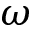
\omega